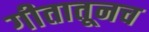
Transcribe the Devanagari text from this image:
गीतातूनच